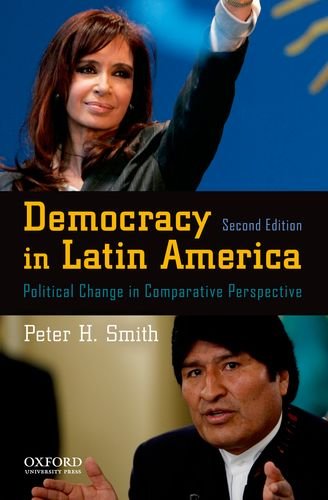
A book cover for Democracy in Latin America: Political Change in Comparative Perspective; Peter H. Smith; Law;